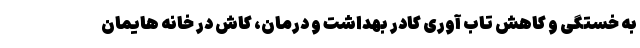
به خستگی و کاهش تاب آوری کادر بهداشت و درمان، کاش در خانه هایمان